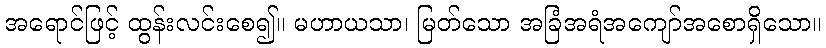
အရောင်ဖြင့် ထွန်းလင်းစေ၍။ မဟာယသာ၊ မြတ်သော အခြံအရံအကျော်အစောရှိသော။